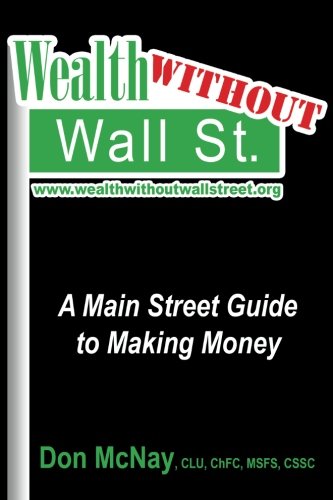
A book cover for Wealth Without Wall Street: A Main Street Guide to Making Money: A Main Street Guide to Making Money; Don McNay; Business & Money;